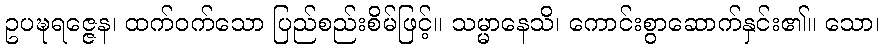
ဥပဍ္ဎရဇ္ဇေန၊ ထက်ဝက်သော ပြည်စည်းစိမ်ဖြင့်။ သမ္မာနေသိ၊ ကောင်းစွာဆောက်နှင်း၏။ သော၊